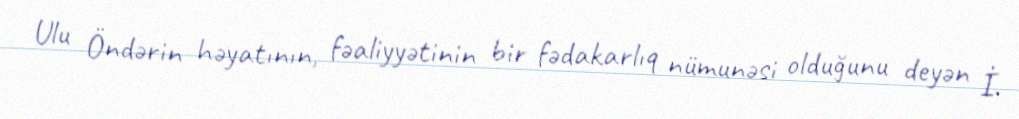
Ulu Öndərin həyatının, fəaliyyətinin bir fədakarlıq nümunəsi olduğunu deyən İ.